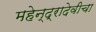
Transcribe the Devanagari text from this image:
महेन्द्रादेवीचा